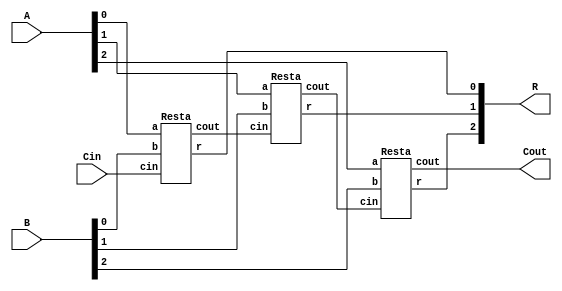
`timescale 1ns / 1ps
//////////////////////////////////////////////////////////////////////////////////
// Company: 
// Engineer: 
// 
// Design Name: 
// Module Name:    Restador 
// Project Name: 
// Target Devices: 
// Tool versions: 
// Description: 
//
// Dependencies: 
//
// Revision: 
// Revision 0.01 - File Created
// Additional Comments: 
//
//////////////////////////////////////////////////////////////////////////////////

module Restador(R, Cout, A, B, Cin);
		
	 output [2:0] R;
    output Cout;
    input [2:0] A, B;
    input Cin;
    wire c1, c2;
	 
    Resta Resta1(R[0], c1, A[0], B[0], Cin);
    Resta Resta2(R[1], c2, A[1], B[1], c1);
    Resta Resta3(R[2], Cout, A[2], B[2], c2);
	 

endmodule

module Resta(r, cout, a, b, cin);
    output r, cout;
    input a, b, cin;
	 wire p, g;
	 
	 assign p= a ^ b;
 	 assign g = ~a & b; 
    assign r = p ^ cin;
    assign cout = g | (~p & cin);
 
endmodule